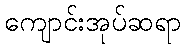
ကျောင်းအုပ်ဆရာ